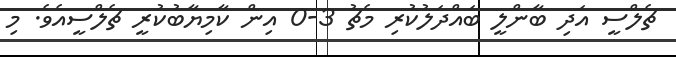
ޗެލްސީ އަދި ބާންލީ ބައްދަލުކުރި މެޗު 3-0 އިން ކާމިޔާބުކުރީ ޗެލްސީއެވެ. މި